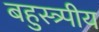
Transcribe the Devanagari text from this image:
बहुस्त्र्पीय